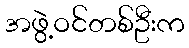
အဖွဲ့ဝင်တစ်ဦးက